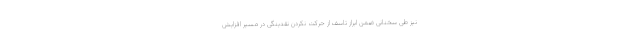
نیز طی سخنانی ضمن ابراز تاسف از حرکت نکردن نقدینگی در مسیر افزایش